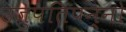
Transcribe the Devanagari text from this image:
उजुपतिपन्नो